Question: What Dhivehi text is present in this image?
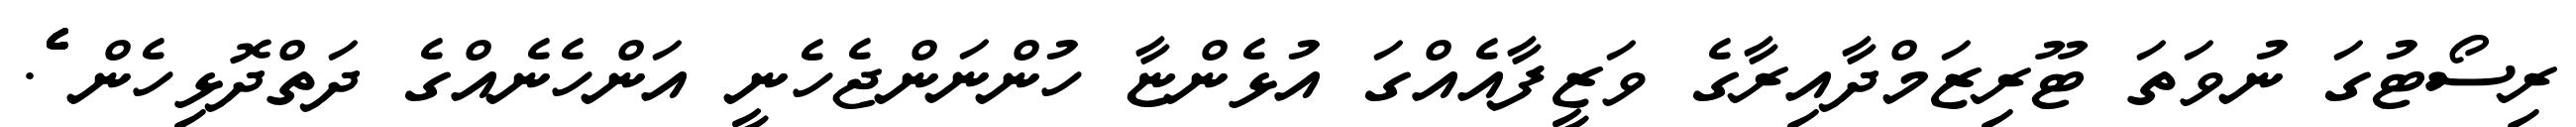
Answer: ރިސޯޓުގަ ނުވަތަ ޓޫރިޒަމްދާއިރާގެ ވަޒީފާއެއްގަ އުޅެންޏާ ހުންނަންޖެހެނީ އަންހެނެއްގެ ދަތްދޮޅިހެން ެެެެެެެެެެެެެެެެެ.